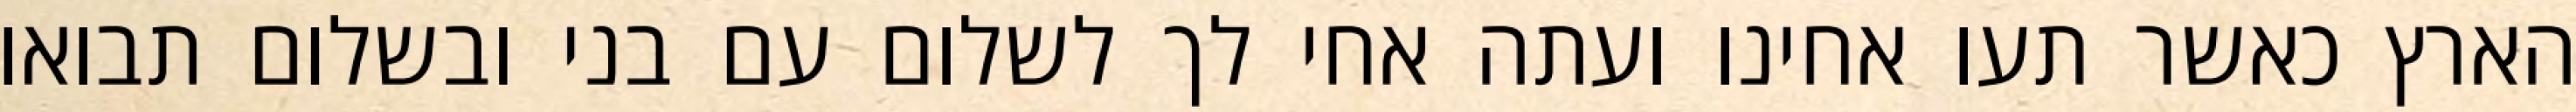
הארץ כאשר תעו אחינו ועתה אחי לך לשלום עם בני ובשלום תבואו